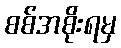
စစ်အစိုးရမှ